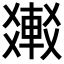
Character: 𨌸